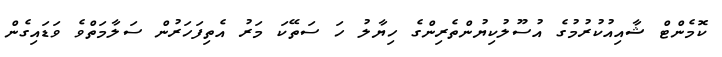
ކޮމެންޓް ޝާއިއުކުރުމުގެ އުސޫލުކިޔުންތެރިންގެ ހިޔާލު ހަ ސަތޭކަ މަރު އެތިފަހަރުން ސަލާމަތްވެ ވަޑައިގެން